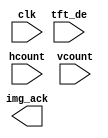
module Imgdata_send(
      input wire clk,
      input wire tft_de,
      input wire hcount,
      input wire vcount,
      output wire img_ack
  );
     

     
 endmodule